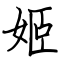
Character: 姬